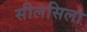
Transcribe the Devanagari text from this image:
सीलसिला